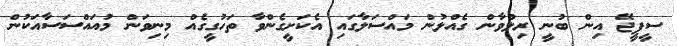
ސީޕީޖޭ އިން ބުނީ ރިލްވާން ގެއްލުން މައްސަލާގައި އެކަށީގެންވާ ތަހުގީގެއް މިނިވަން މުއައްސަސާއަކުން